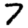
Digit: 7